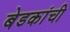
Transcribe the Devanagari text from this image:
बेडकांची